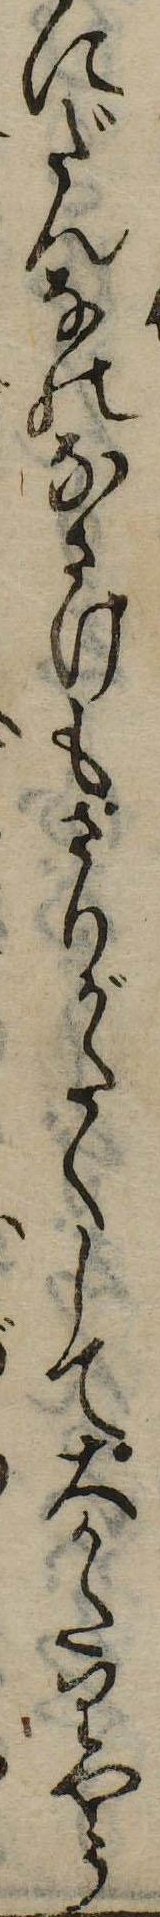
にだんなのなさけもさりがたくして大かたりやう